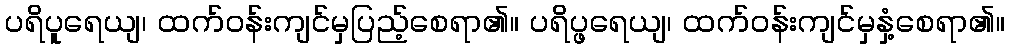
ပရိပူရေယျ၊ ထက်ဝန်းကျင်မှပြည့်စေရာ၏။ ပရိပ္ဖရေယျ၊ ထက်ဝန်းကျင်မှနှံ့စေရာ၏။